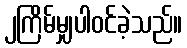
၂ကြိမ်မျှပါဝင်ခဲ့သည်။